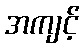
အကျင့်